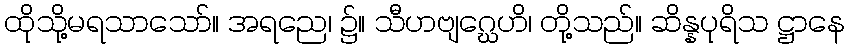
ထိုသို့မရသာသော်။ အရညေ၊ ၌။ သီဟဗျဂ္ဃေဟိ၊ တို့သည်။ ဆိန္နပုရိသ ဋ္ဌာနေ